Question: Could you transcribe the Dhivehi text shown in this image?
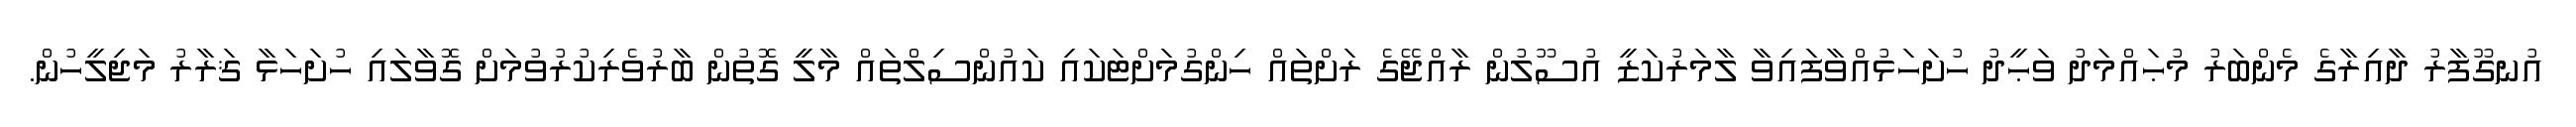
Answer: އުނގޫފާރު ދާއިރާގެ މެންބަރު މުޙައްމަދު ވަޙީދު ހުށަހަޅުއްވާފައިވާ ލާމަރުކަޒީ އުސޫލުން ރާއްޖޭގެ ރަށްތައް ހިންގުމަށްޓަކައި ކައުންސިލްތައް މާލީ ގޮތުން ބާރުވެރިކުރުވުމަށް ގޮވާލައި ހުށަހަޅާ ޤަރާރު މަޖިލީހުން.